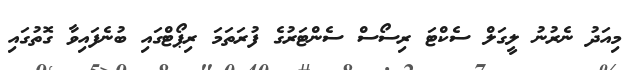
މިއަދު ނެރުނު ލީގަލް ސެކްޓަ ރިސޯސް ސެންޓަރުގެ ފުރަތަމަ ރިޕޯޓްގައި ބުނެފައިވާ ގޮތުގައި